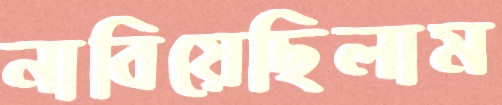
নাবিয়েছিলাম